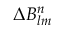
\Delta B _ { l m } ^ { n }